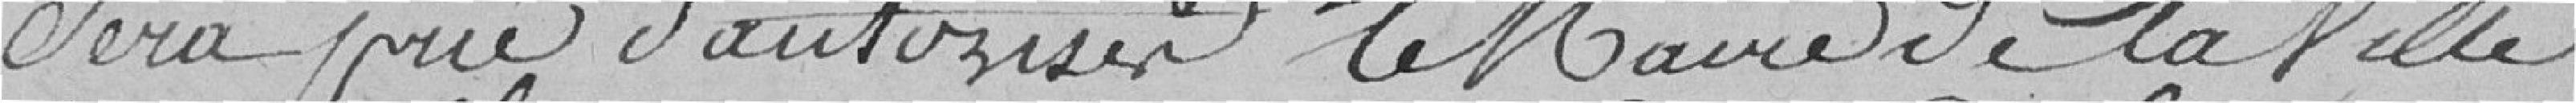
sera prié d'autoriser le Maire de la ville